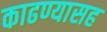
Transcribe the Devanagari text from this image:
काढण्यासह